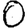
Digit: 0